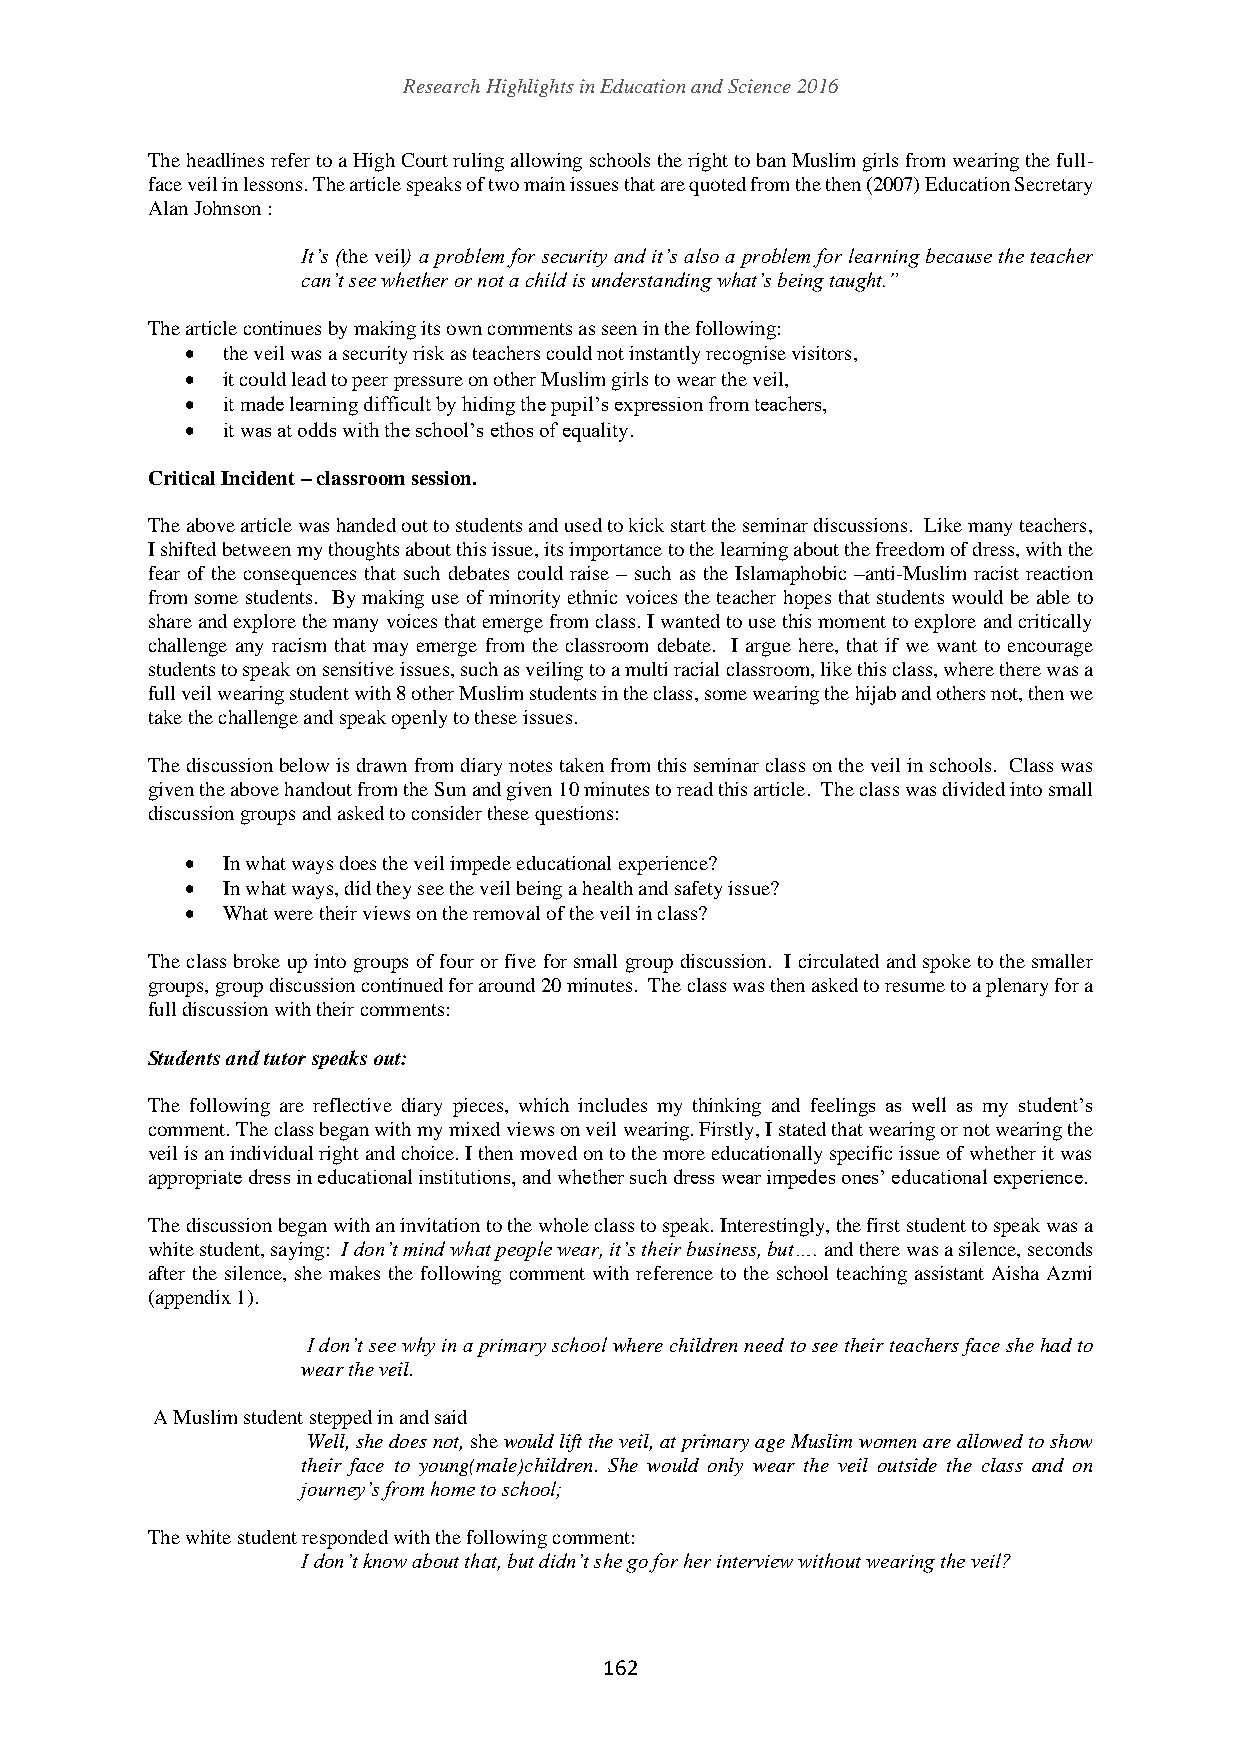
Research Highlights in Education and Science 2016
 The headlines refer to a High Court ruling allowing schools the right to ban Muslim girls from wearing the full-
 face veil in lessons. The article speaks of two main issues that are quoted from the then (2007) Education Secretary
 Alan Johnson :
 It’s (the veil) a problem for security and it’s also a problem for learning because the teacher
 can’t see whether or not a child is understanding what’s being taught.”
 The article continues by making its own comments as seen in the following:
   the veil was a security risk as teachers could not instantly recognise visitors,
   it could lead to peer pressure on other Muslim girls to wear the veil,
   it made learning difficult by hiding the pupil’s expression from teachers,
   it was at odds with the school’s ethos of equality.
 Critical Incident – classroom session.
 The above article was handed out to students and used to kick start the seminar discussions. Like many teachers,
 I shifted between my thoughts about this issue, its importance to the learning about the freedom of dress, with the
 fear of the consequences that such debates could raise – such as the Islamaphobic –anti-Muslim racist reaction
 from some students. By making use of minority ethnic voices the teacher hopes that students would be able to
 share and explore the many voices that emerge from class. I wanted to use this moment to explore and critically
 challenge any racism that may emerge from the classroom debate. I argue here, that if we want to encourage
 students to speak on sensitive issues, such as veiling to a multi racial classroom, like this class, where there was a
 full veil wearing student with 8 other Muslim students in the class, some wearing the hijab and others not, then we
 take the challenge and speak openly to these issues.
 The discussion below is drawn from diary notes taken from this seminar class on the veil in schools. Class was
 given the above handout from the Sun and given 10 minutes to read this article. The class was divided into small
 discussion groups and asked to consider these questions:
   In what ways does the veil impede educational experience?
   In what ways, did they see the veil being a health and safety issue?
   What were their views on the removal of the veil in class?
 The class broke up into groups of four or five for small group discussion. I circulated and spoke to the smaller
 groups, group discussion continued for around 20 minutes. The class was then asked to resume to a plenary for a
 full discussion with their comments:
 Students and tutor speaks out:
 The following are reflective diary pieces, which includes my thinking and feelings as well as my student’s
 comment. The class began with my mixed views on veil wearing. Firstly, I stated that wearing or not wearing the
 veil is an individual right and choice. I then moved on to the more educationally specific issue of whether it was
 appropriate dress in educational institutions, and whether such dress wear impedes ones’ educational experience.
 The discussion began with an invitation to the whole class to speak. Interestingly, the first student to speak was a
 white student, saying: I don’t mind what people wear, it’s their business, but…. and there was a silence, seconds
 after the silence, she makes the following comment with reference to the school teaching assistant Aisha Azmi
 (appendix 1).
 I don’t see why in a primary school where children need to see their teachers face she had to
 wear the veil.
 A Muslim student stepped in and said
 Well, she does not, she would lift the veil, at primary age Muslim women are allowed to show
 their face to young(male)children. She would only wear the veil outside the class and on
 journey’s from home to school;
 The white student responded with the following comment:
 I don’t know about that, but didn’t she go for her interview without wearing the veil?
 162